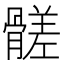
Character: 髊